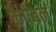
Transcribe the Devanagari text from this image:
कैपेबल